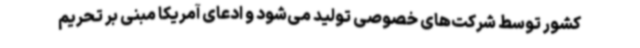
کشور توسط شرکت‌های خصوصی تولید می‌شود و ادعای آمریکا مبنی بر تحریم